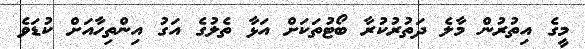
މީގެ އިތުރުން މާލެ ދަތުރުކުރާ ބޯޓުތަކަށް އަޅާ ތެލުގެ އަގު އިންތިހާއަށް ކުޑަވެ